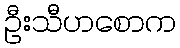
ဦးသီဟစောက